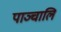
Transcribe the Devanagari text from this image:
पाञ्चालि